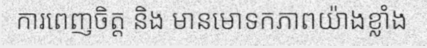
ការពេញចិត្ត និង មានមោទកភាពយ៉ាងខ្លាំង